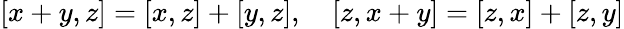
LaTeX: [x+y,z]=[x,z]+[y,z],\quad[z,x+y]=[z,x]+[z,y]